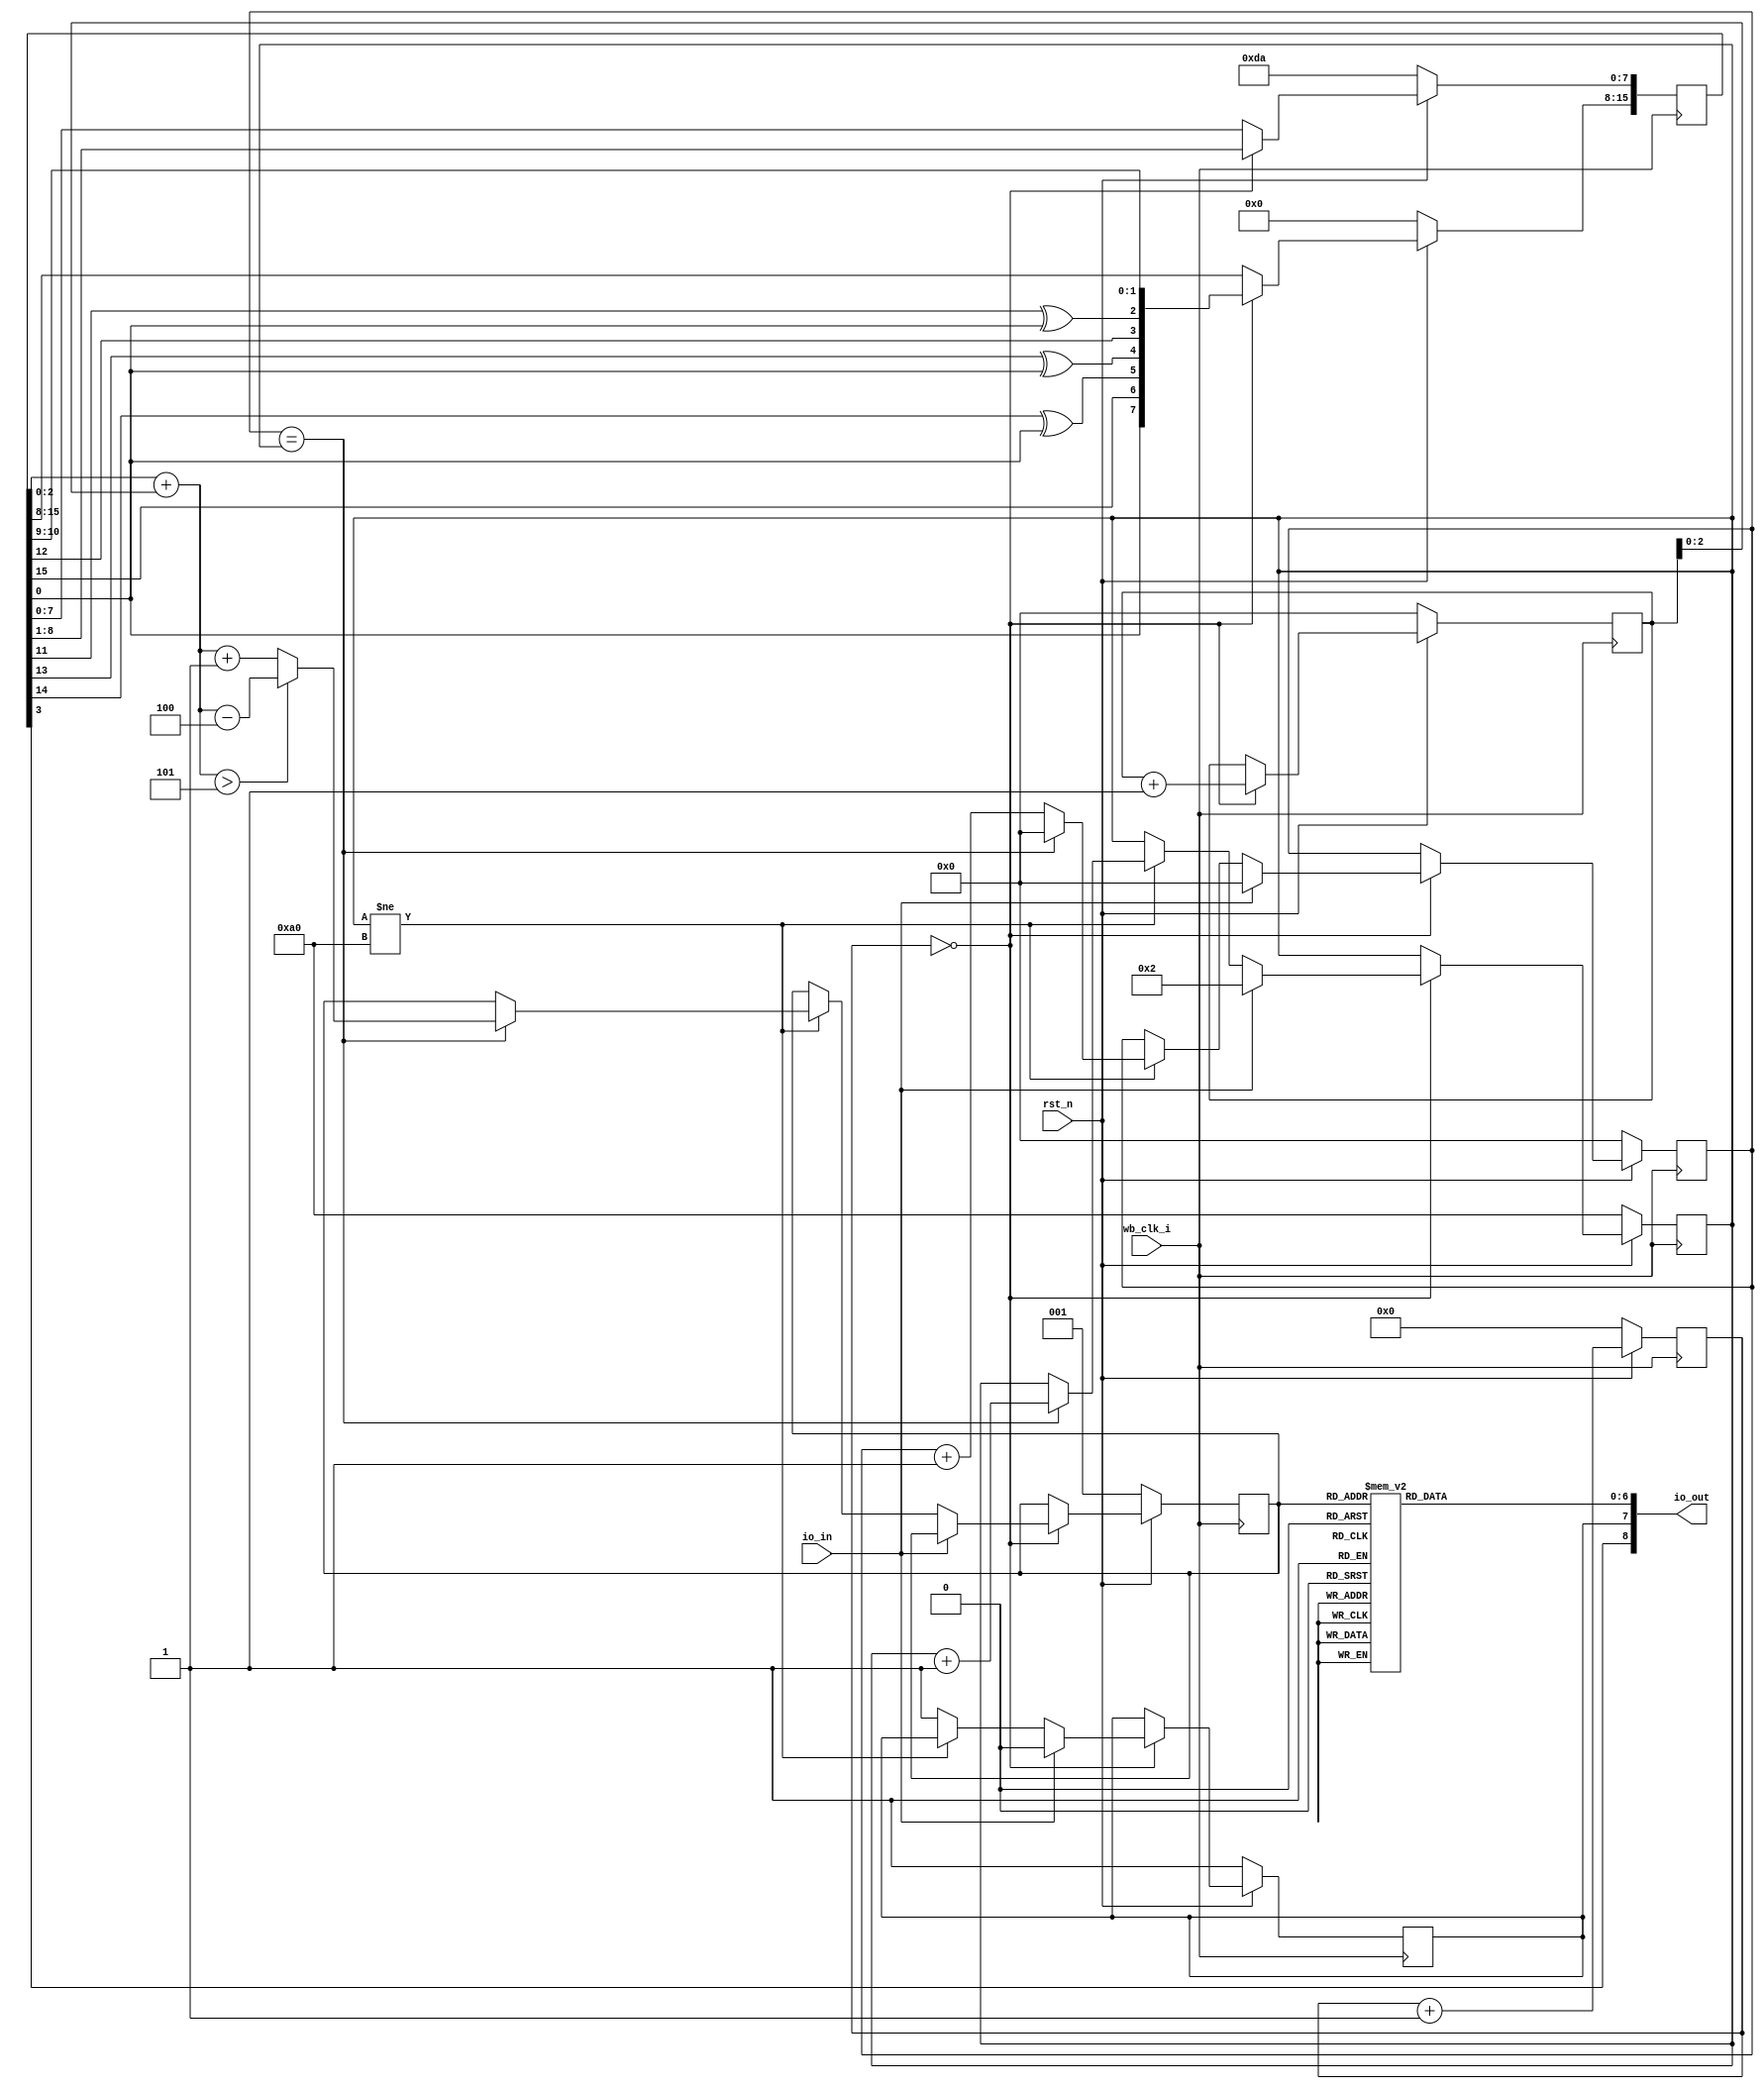
module diceroll(
`ifdef USE_POWER_PINS
	inout vdd,
	inout vss,
`endif
input wb_clk_i, input rst_n, input io_in, output [8:0] io_out);
	reg[2:0] bcd;
	reg[6:0] segments;
	always @(*) begin
		case(bcd)
			0: segments = 7'b0111111;
			1: segments = 7'b0000110;
			2: segments = 7'b1011011;
			3: segments = 7'b1001111;
			4: segments = 7'b1100110;
			5: segments = 7'b1101101;
			6: segments = 7'b1111101;
			7: segments = 7'b0000111;
		endcase
	end
	assign io_out[6:0] = segments[6:0];
	reg rolling;
	reg [15:0] lfsr;
	reg [15:0] counter;
	reg [7:0] clkdiv;
	reg [15:0] r_counter;
	reg dp;
	assign io_out[7] = dp;
	wire [15:0] random = lfsr + r_counter;
	reg [9:0] m_clkdiv;
	assign io_out[8] = lfsr[3];
	
	always @(posedge wb_clk_i) begin
		if(!rst_n) begin
			rolling <= 0;
			lfsr[15:8] <= 0;
			lfsr[7:0] <= 8'b11011010;
			counter <= 0;
			clkdiv <= 8'b10100000;
			bcd <= 1;
			dp <= 1;
			r_counter <= 0;
			m_clkdiv <= 0;
		end else begin
			m_clkdiv <= m_clkdiv + 1;
			if(m_clkdiv == 0) begin
				lfsr <= {lfsr[0], lfsr[15], lfsr[14] ^ lfsr[0], lfsr[13] ^ lfsr[0], lfsr[12] ,lfsr[11] ^ lfsr[0], lfsr[10:1]};
				r_counter <= r_counter + 1;
				
				if(io_in) begin
					clkdiv <= 2;
					counter <= 0;
					dp <= 0;
				end
				else if(clkdiv != 8'b10100000) begin
					counter <= counter + 1;
					if(counter == clkdiv) begin
						counter <= 0;
						clkdiv <= clkdiv + 1;
						if(random[2:0] > 5) begin
							bcd[2:0] <= random[2:0] - 4;
						end else begin
							bcd[2:0] <= random[2:0] + 1;
						end
					end
				end else begin
					dp <= 1;
				end
			end
		end
	end
endmodule